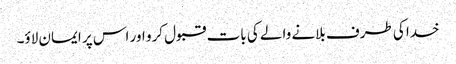
خدا کی طرف بلانے والے کی بات قبول کرو اور اس پر ایمان لاؤ۔